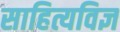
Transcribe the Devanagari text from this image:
साहित्यविज्ञ